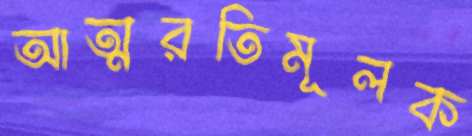
আত্মরতিমূলক